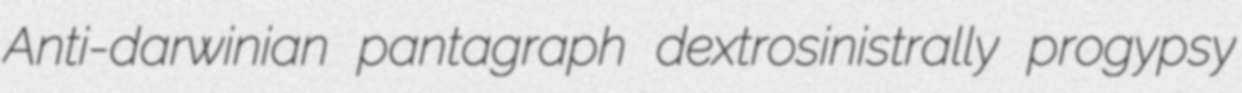
Anti-darwinian pantagraph dextrosinistrally progypsy